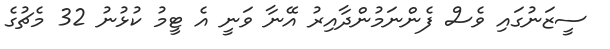
ސީޒަނުގައި ވެސް ފެންނަމުންދާއިރު އޭނާ ވަނީ އެ ޓީމު ކުޅުނު 32 މެޗުގެ